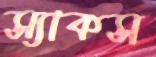
স্যাকস